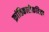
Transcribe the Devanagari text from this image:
क्रांतिकारीकविता